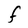
Character: F